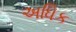
અધિક